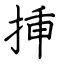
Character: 挿